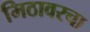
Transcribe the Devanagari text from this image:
मिठावरचा